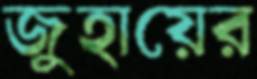
জুহায়ের